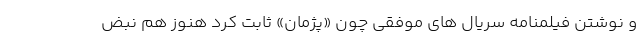
و نوشتن فیلمنامه سریال های موفقی چون «پژمان» ثابت کرد هنوز هم نبض